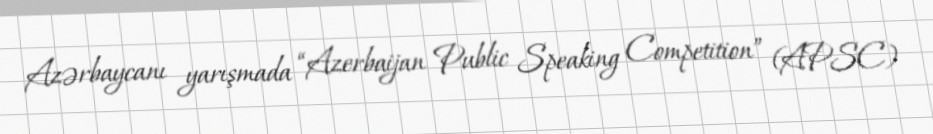
Azərbaycanı yarışmada “Azerbaijan Public Speaking Competition” (APSC)